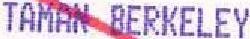
TAMAN BERKELEY